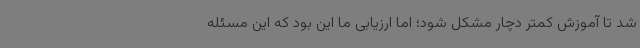
شد تا آموزش کمتر دچار مشکل شود؛ اما ارزیابی ما این بود که این مسئله